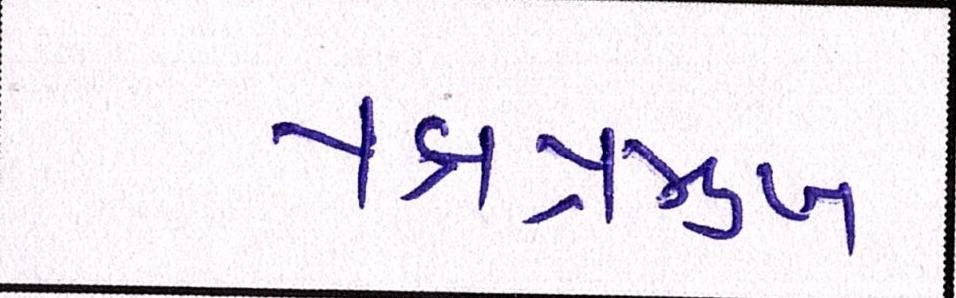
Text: પક્ષપ્રમુખ